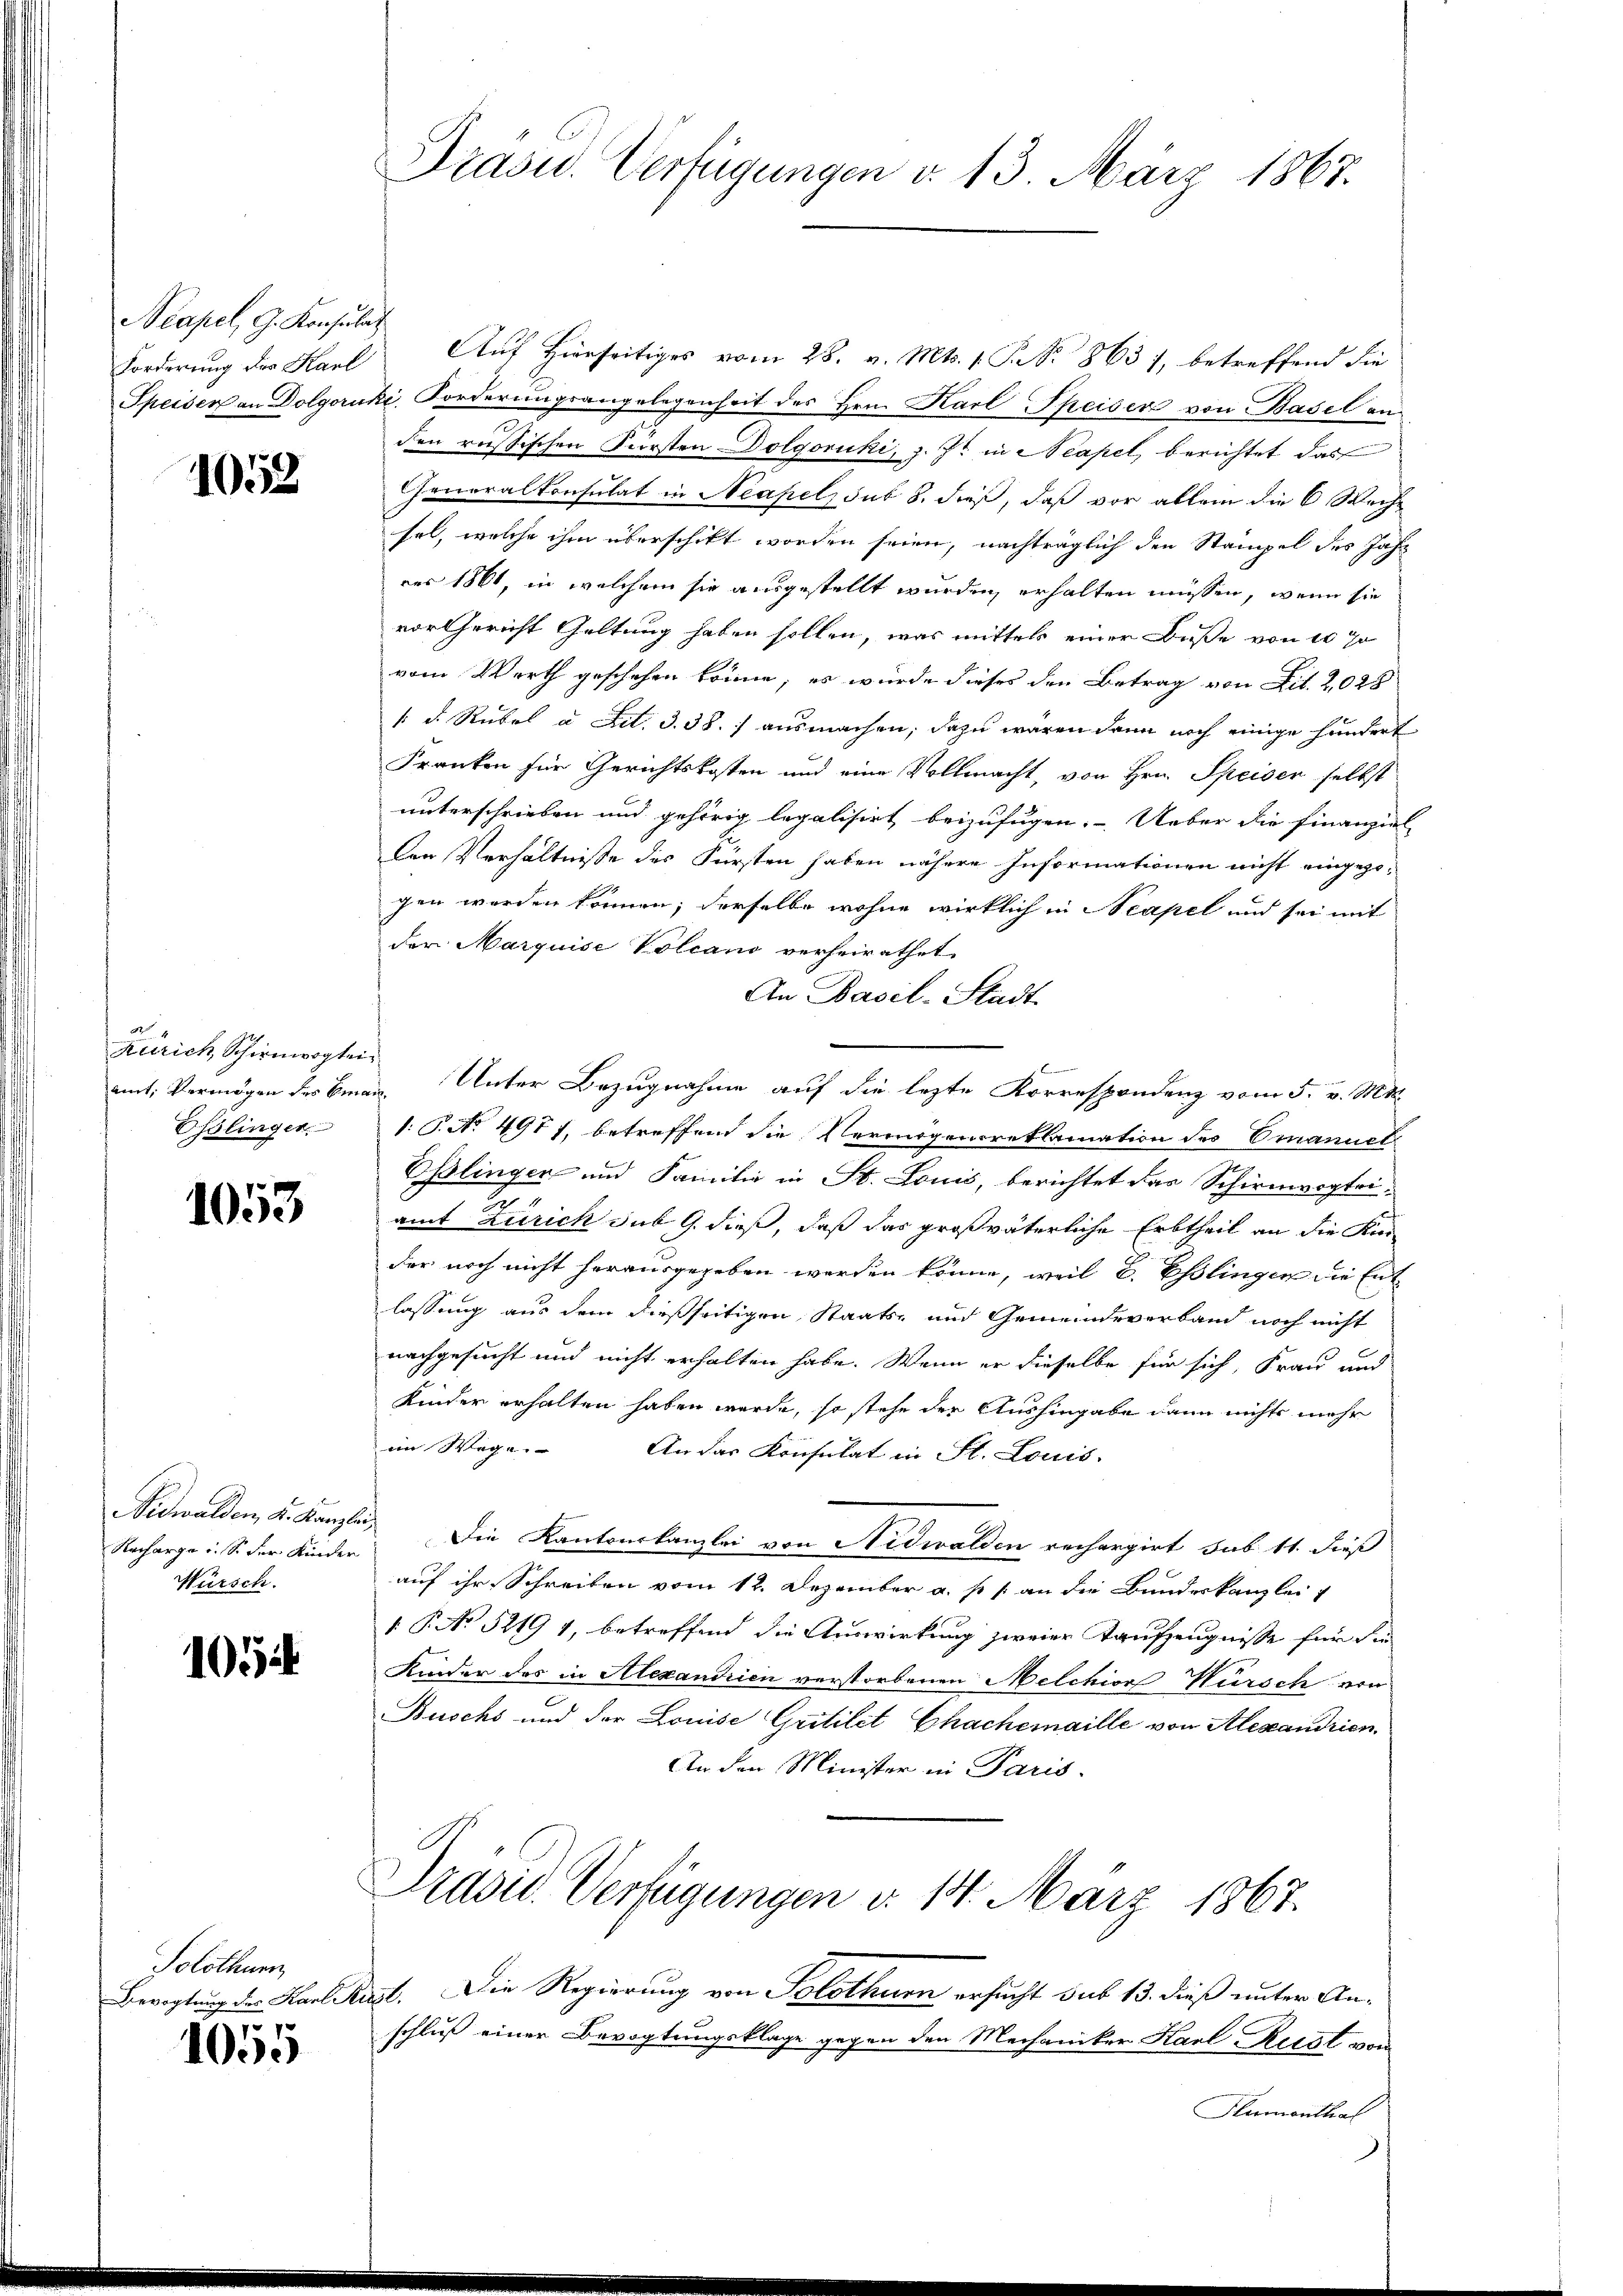
Neapel, G. Konsulat

1052

Zürich Schirnwogtei
Osslinger.

1053

Nidwalden, K. Kanzlei
Würsch.

1054

Solothurn,
p

1030

Präsid. Verfügungen d. 13. März 1867.

Forderung der Karl Auf Hierseitiges vom 28. v. Mts. 1. P. Nr. 863), betreffend die
Speisen an Dolgoruki, Forderungsangelegenheit des Hrn. Karl Speiser von Basel anden russischen Fürsten Dolgoruki, z. Zt. in Neapel, berichtet das
Generalkonsulat in Neapel, sub 8. dieß, daß vor allem die 6 Woche
sel, welche ihm überschikt worden seien, nachträglich den Stampel des Jahr
res 1861, in welchem sie ausgestellt wurden, erhalten müssen, wenn sie
vor Gericht Geltung haben sollen, was mittels einer Buße von 10 J
vom Werth geschehen könne, es wurde dieses den Betrag von Lit. 2028
1 d. Rubel a tit. 3. 38.) ausmachen, dazu waren dann noch einige hundert
Franken für Gerichtskosten und eine Vollmacht, von Hrn. Speiser selbst
unterschrieben und gehörig legalisirt beizufügen. Ueber die Finanziel
len Verhältnisse des Fürsten haben nähere Informationen nicht eingezogen worden können; derselbe wohne wirklich in Neapel und sei mit
der Marquise Volcano verheirathet
An Basel-Stadt
amit Vermögen des Bran. Unter Bezugnahme auf die lezte Korrespondenz vom 5. v. Mtt.
1: P. No 4977, betreffend die Vermögensreklamation des Emanuel
Eßlinger und Familie in St. Louis, berichtet das Schirmvogtei-
amt Zürich sub 9. dieß, daß das großväterliche Erbtheil an die Kin-
der noch nicht herausgegeben werden könne, weil l. Esslingen die Ent-
lassung aus dem dießseitigen Staats- und Gemeindeverband noch nicht
nachgesucht und nicht erhalten habe. Wenn er dieselbe für sich, Frau und
Kinder erhalten haben werde, so stehe der Aushingabe dann nichts mehr
im Wege. An das Konsulat in St. Louis-
Racharge u. S. der Kinder Die Kantonskanzlei von Nidwalden rechargirt sub 11. dieß
auf ihr Schreiben vom 12. Dezember a. p. 1 an die Bundeskanzlei
P No 5219 1, betreffend die Auswirkung zweier Taufzeugnisse für die
Kinder des in Alexandrien verstorbenen Melchior Kürsch von
Buschs und der Louise Gritilit Chachemaille von Alexandrien
An den Minister in Paris.
Präsid. Verfügungen d. 14. März 1867.
Bevogtung des Karl Kust. Die Regierung von Solothurn ersucht sub 13. dieß unter Anschluß einer Bevogtungsklage gegen den Mechaniker Karl Rital vom
Hlumenthal